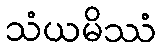
သံယမိဿံ